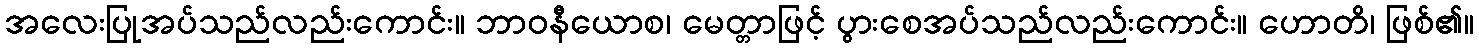
အလေးပြုအပ်သည်လည်းကောင်း။ ဘာဝနီယောစ၊ မေတ္တာဖြင့် ပွားစေအပ်သည်လည်းကောင်း။ ဟောတိ၊ ဖြစ်၏။